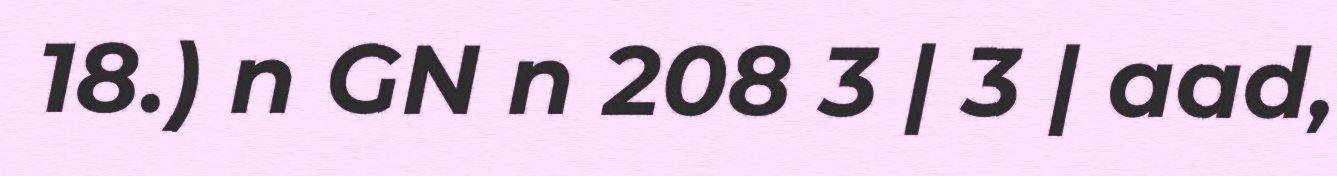
18.) n GN n 208 3 | 3 | aad,